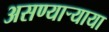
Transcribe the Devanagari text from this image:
असण्यार्‍याया